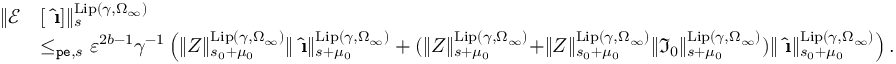
\begin{array} { r l } { \rVert \mathcal { E } } & { [ \hat { \textbf { \i } } ] \rVert _ { s } ^ { \mathrm { L i p } ( \gamma , \Omega _ { \infty } ) } } \\ & { \le _ { \mathtt { p e } , s } \varepsilon ^ { 2 b - 1 } \gamma ^ { - 1 } \left( \rVert Z \rVert _ { s _ { 0 } + \mu _ { 0 } } ^ { \mathrm { L i p } ( \gamma , \Omega _ { \infty } ) } \rVert \hat { \textbf { \i } } \rVert _ { s + \mu _ { 0 } } ^ { \mathrm { L i p } ( \gamma , \Omega _ { \infty } ) } + ( \rVert Z \rVert _ { s + \mu _ { 0 } } ^ { \mathrm { L i p } ( \gamma , \Omega _ { \infty } ) } + \rVert Z \rVert _ { s _ { 0 } + \mu _ { 0 } } ^ { \mathrm { L i p } ( \gamma , \Omega _ { \infty } ) } \rVert \mathfrak { I } _ { 0 } \rVert _ { s + \mu _ { 0 } } ^ { \mathrm { L i p } ( \gamma , \Omega _ { \infty } ) } ) \rVert \hat { \textbf { \i } } \rVert _ { s _ { 0 } + \mu _ { 0 } } ^ { \mathrm { L i p } ( \gamma , \Omega _ { \infty } ) } \right) . } \end{array}